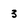
Character: 3